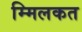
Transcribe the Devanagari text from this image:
म्मिलकत